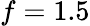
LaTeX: f=1.5